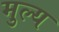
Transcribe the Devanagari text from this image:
मुल्‍य